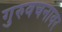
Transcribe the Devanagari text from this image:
गुरुवचनावर